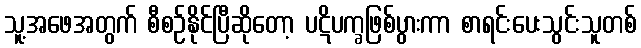
သူ့အဖေအတွက် စီစဉ်နိုင်ပြီဆိုတော့ ပဋိပက္ခဖြစ်ပွားကာ စာရင်းပေးသွင်းသူတစ်